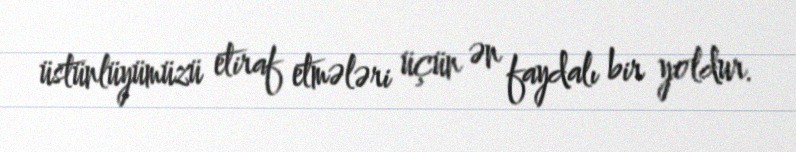
üstünlüyümüzü etiraf etmələri üçün ən faydalı bir yoldur.